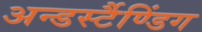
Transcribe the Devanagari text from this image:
अन्डर्स्टैण्डिंग